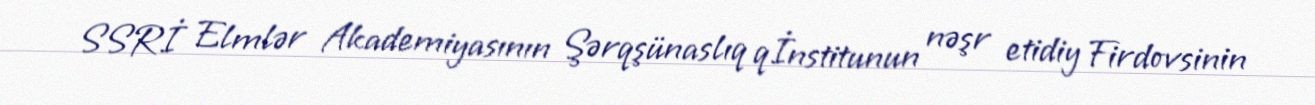
SSRİ Elmlər Akademiyasının Şərqşünaslıq qİnstitunun nəşr etidiy Firdovsinin